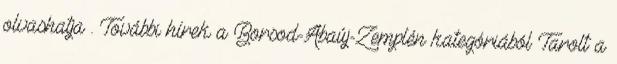
olvashatja . További hírek a Borsod-Abaúj-Zemplén kategóriából Tarolt a